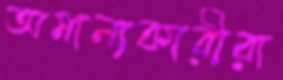
অমান্যকারীরা